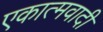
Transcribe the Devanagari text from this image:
एकात्मवादी